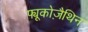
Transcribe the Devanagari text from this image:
फ्यूकोज़ैथिन